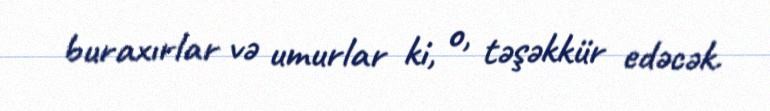
buraxırlar və umurlar ki, o, təşəkkür edəcək.